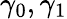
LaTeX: \gamma_{0},\gamma_{1}